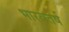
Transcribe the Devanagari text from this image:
भारवतर्ष